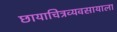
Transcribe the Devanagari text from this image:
छायाचित्रव्यवसायाला